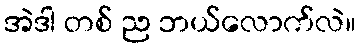
အဲဒါ တစ် ည ဘယ်လောက်လဲ။